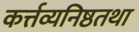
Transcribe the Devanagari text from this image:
कर्त्तव्यनिष्ठतथा